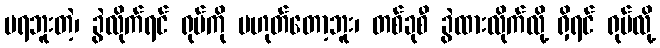
မရဘူးတဲ့၊ ခွဲလိုက်ရင် ရုပ်ကို မဟုတ်တော့ဘူး၊ တစ်ခုစီ ခွဲထားလိုက်လို့ ရှိရင် ရုပ်လို့